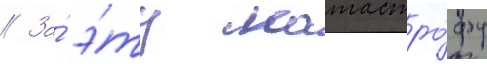
// За́ э́ту катастро́фу